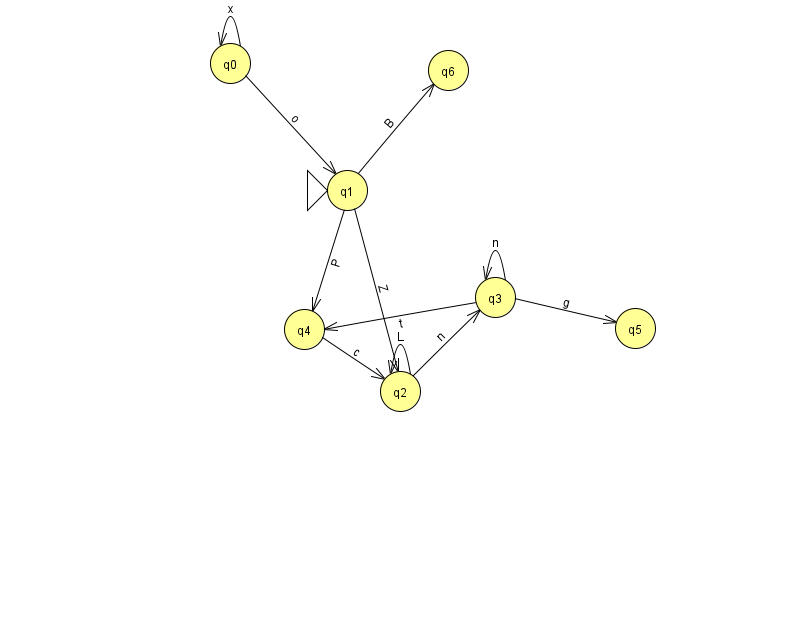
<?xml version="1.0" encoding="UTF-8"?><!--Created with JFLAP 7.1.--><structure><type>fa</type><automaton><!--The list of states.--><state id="0" name="q0"><x>230.0</x><y>50.0</y></state><state id="1" name="q1"><x>347.0</x><y>177.0</y><initial/></state><state id="2" name="q2"><x>400.0</x><y>378.0</y></state><state id="3" name="q3"><x>495.0</x><y>284.0</y></state><state id="4" name="q4"><x>304.0</x><y>316.0</y></state><state id="5" name="q5"><x>635.0</x><y>315.0</y></state><state id="6" name="q6"><x>448.0</x><y>57.0</y></state><!--The list of transitions.--><transition><from>1</from><to>6</to><read>B</read></transition><transition><from>4</from><to>2</to><read>c</read></transition><transition><from>1</from><to>4</to><read>P</read></transition><transition><from>2</from><to>3</to><read>n</read></transition><transition><from>0</from><to>0</to><read>x</read></transition><transition><from>0</from><to>1</to><read>o</read></transition><transition><from>2</from><to>2</to><read>L</read></transition><transition><from>3</from><to>5</to><read>g</read></transition><transition><from>1</from><to>2</to><read>Z</read></transition><transition><from>3</from><to>3</to><read>n</read></transition><transition><from>3</from><to>4</to><read>t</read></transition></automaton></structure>